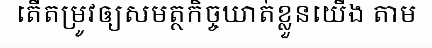
តើតម្រូវឲ្យសមត្ថកិច្ចឃាត់ខ្លួនយើង តាម